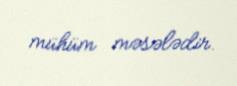
mühüm məsələdir.